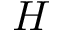
\cal H